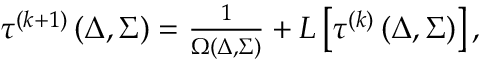
\begin{array} { r } { \tau ^ { ( k + 1 ) } \left( \Delta , \Sigma \right) = \frac { 1 } { \Omega ( \Delta , \Sigma ) } + { \cal L } \left[ \tau ^ { ( k ) } \left( \Delta , \Sigma \right) \right] , } \end{array}